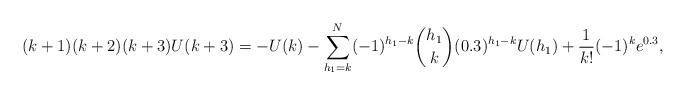
LaTeX: \begin{align*}(k+1)(k+2)(k+3)U(k+3) = -U(k) -\sum_{h_1=k}^N (-1)^{h_1-k} \binom{h_1}{k} (0.3)^{h_1-k} U(h_1) + \frac{1}{k!} (-1)^k e^{0.3},\end{align*}